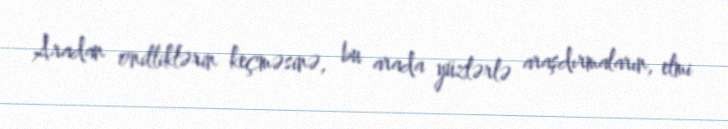
Aradan onilliklərin keçməsinə, bu arada yüzlərlə araşdırmaların, elmi